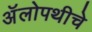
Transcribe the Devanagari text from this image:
अॅलोपथीचे